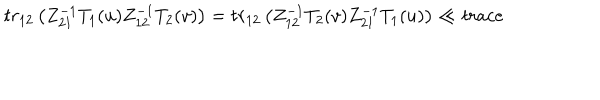
LaTeX: t r _ { 1 2 } \left( Z _ { 2 1 } ^ { - 1 } T _ { 1 } ( u ) Z _ { 1 2 } ^ { - 1 } T _ { 2 } ( v ) \right) = t r _ { 1 2 } \left( Z _ { 1 2 } ^ { - 1 } T _ { 2 } ( v ) Z _ { 2 1 } ^ { - 1 } T _ { 1 } ( u ) \right) \ll { t r a c e }